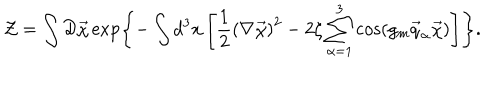
{ \cal Z } = \int { \cal D } \vec { \chi } \exp \left\{ - \int d ^ { 3 } x \left[ \frac 1 2 \left( \nabla \vec { \chi } \right) ^ { 2 } - 2 \zeta \sum _ { \alpha = 1 } ^ { 3 } \cos \left( g _ { m } \vec { q } _ { \alpha } \vec { \chi } \right) \right] \right\} .